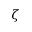
\zeta